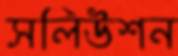
সলিউশন